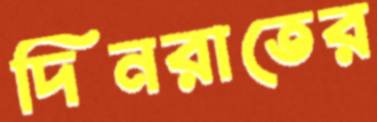
দিনরাতের